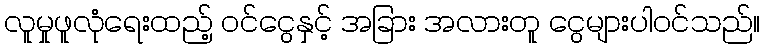
လူမှုဖူလုံရေးထည့် ဝင်ငွေနှင့် အခြား အလားတူ ငွေများပါဝင်သည်။